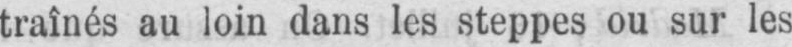
traînés au loin dans les steppes ou sur les